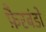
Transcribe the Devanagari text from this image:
फ़ैरबंडो